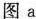
图a